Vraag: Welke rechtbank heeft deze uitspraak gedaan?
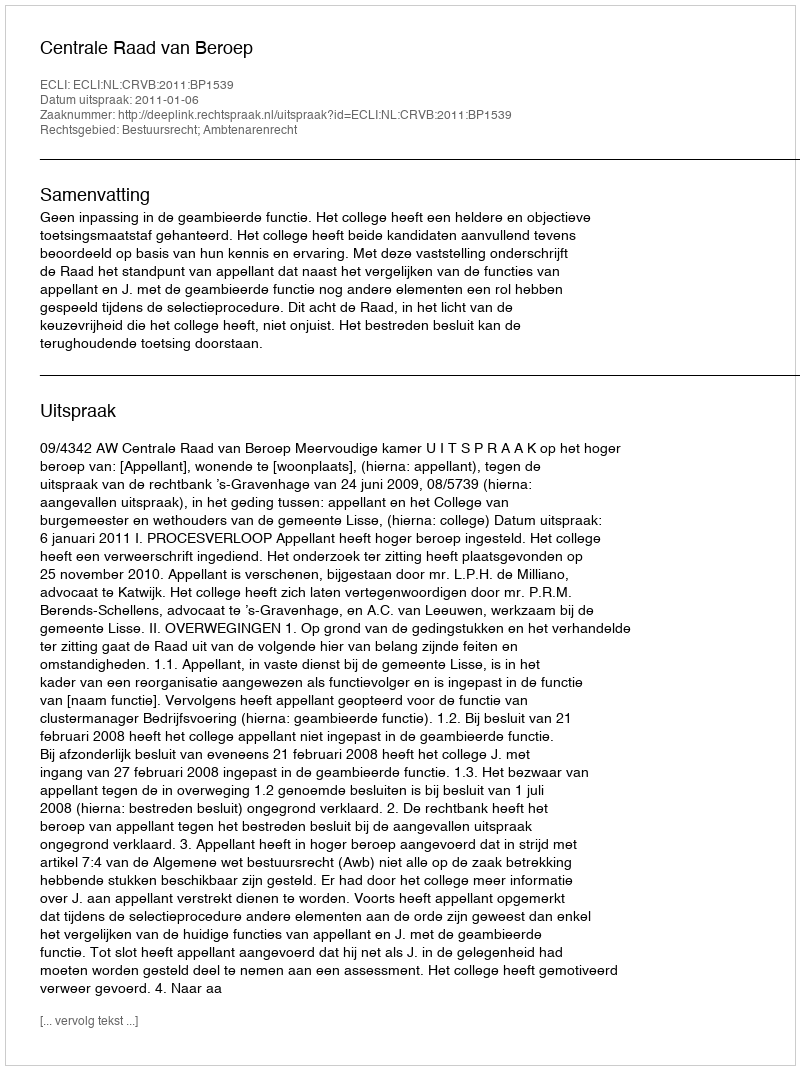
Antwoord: Centrale Raad van Beroep